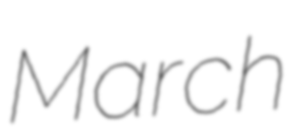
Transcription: March